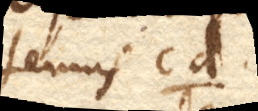
tenuis cd.